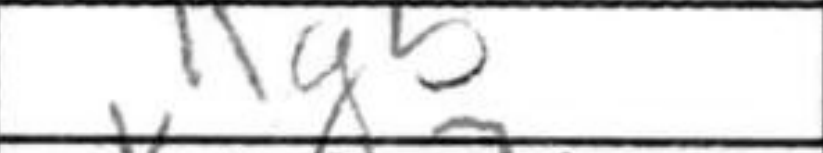
Transcription: Kg5